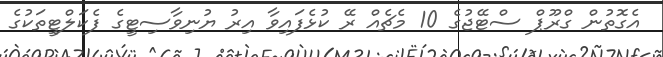
އެގޮތުން ގްރޫޕް ސްޓޭޖުގެ 10 މެޗެއް ރޭ ކުޅެފައިވާ އިރު ޔުނިވާސިޓީގެ ފެކަލްޓީތަކުގެ